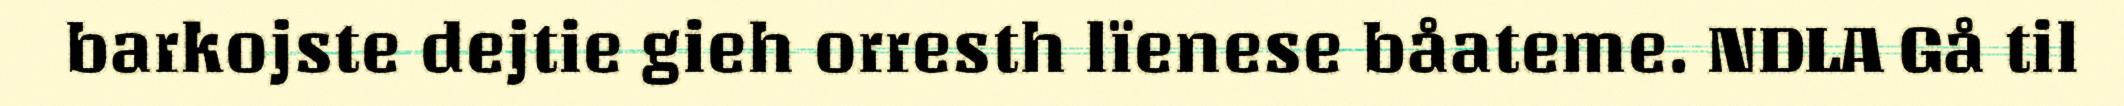
barkojste dejtie gieh orresth lïenese båateme. NDLA Gå til